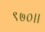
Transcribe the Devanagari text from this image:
९७०।।